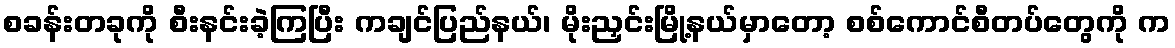
စခန်းတခုကို စီးနင်းခဲ့ကြပြီး ကချင်ပြည်နယ်၊ မိုးညှင်းမြို့နယ်မှာတော့ စစ်ကောင်စီတပ်တွေကို က